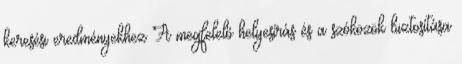
keresési eredményekhez A megfelelő helyesírás és a szóközök biztosítása